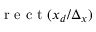
\mathrm { ~ r ~ e ~ c ~ t ~ } ( x _ { d } / \Delta _ { x } )